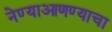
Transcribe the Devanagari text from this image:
नेण्याआणण्याचा